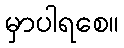
မှာပါရစေ။